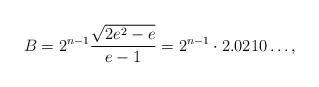
LaTeX: \begin{align*}B = 2^{n-1} \frac{\sqrt{2e^2-e}}{e-1} = 2^{n-1}\cdot 2.0210\dots,\end{align*}